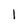
Character: 1